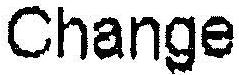
CHANGE